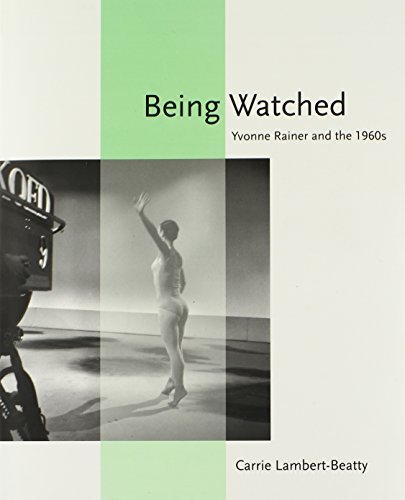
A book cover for Being Watched: Yvonne Rainer and the 1960s (October Books); Carrie Lambert-Beatty; Biographies & Memoirs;